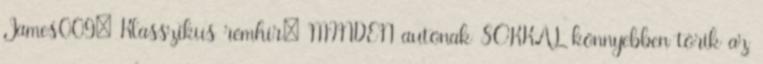
James009: Klasszikus rémhír: MINDEN autónak SOKKAL könnyebben törik az